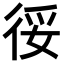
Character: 𢓰